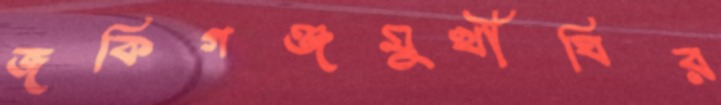
জকিগঞ্জমুখীঘির